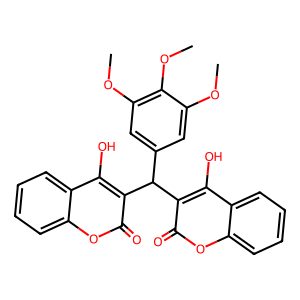
SMILES: COc1cc(C(c2c(O)c3ccccc3oc2=O)c2c(O)c3ccccc3oc2=O)cc(OC)c1OC
Inhibits HIV replication: No